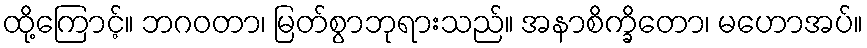
ထို့ကြောင့်။ ဘဂဝတာ၊ မြတ်စွာဘုရားသည်။ အနာစိက္ခိတော၊ မဟောအပ်။